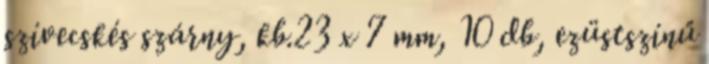
szívecskés szárny, kb.23 x 7 mm, 10 db, ezüstszínű